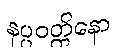
နပ္ပဝတ္တိနော